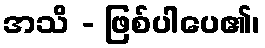
အသိ - ဖြစ်ပါပေ၏၊